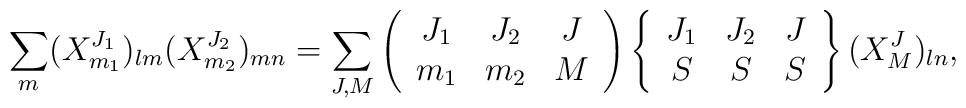
\sum_m(X_{m_1}^{J_1})_{l m} (X_{m_2}^{J_2})_{m n} = \sum_{J, M}\left ( \begin{array}{ccc}J_1 & J_2 & J\\m_1 & m_2 & M\end{array} \right ) \left \{ \begin{array}{ccc}J_1 & J_2 & J\\S & S & S\end{array} \right \} (X_M^J)_{l n},